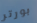
بورتر